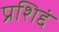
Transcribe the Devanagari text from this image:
प्रशिद्दं